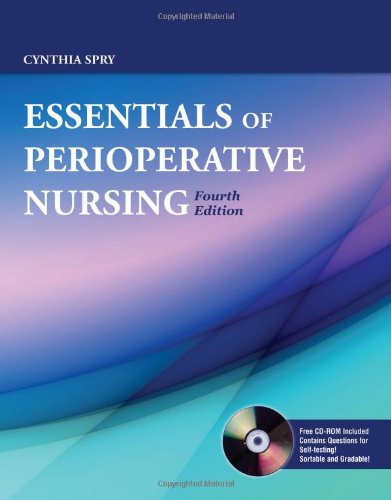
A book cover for Essentials Of Perioperative Nursing (Essentials of Perioperative Nursing (Spry)); Cynthia Spry; Medical Books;